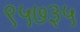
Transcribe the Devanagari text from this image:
९५७३५